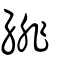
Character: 緋